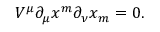
V ^ { \mu } \partial _ { \mu } x ^ { m } \partial _ { \nu } x _ { m } = 0 .